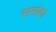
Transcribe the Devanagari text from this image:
सरांदा